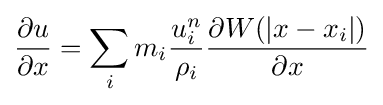
{\partial u \over \partial x}=\sum _{i}m_{i}{\frac {u_{i}^{n}}{\rho _{i}}}{\partial W(|x-x_{i}|) \over \partial x}